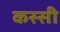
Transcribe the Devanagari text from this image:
कस्सी